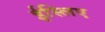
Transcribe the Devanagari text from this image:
ईस्लिए